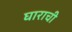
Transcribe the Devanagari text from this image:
घाराची